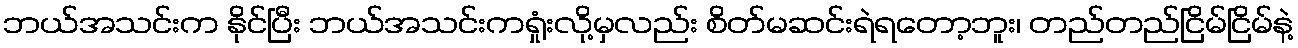
ဘယ်အသင်းက နိုင်ပြီး ဘယ်အသင်းကရှုံးလို့မှလည်း စိတ်မဆင်းရဲရတော့ဘူး၊ တည်တည်ငြိမ်ငြိမ်နဲ့